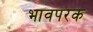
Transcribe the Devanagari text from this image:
भावपरक